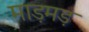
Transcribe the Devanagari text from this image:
माड़मड़